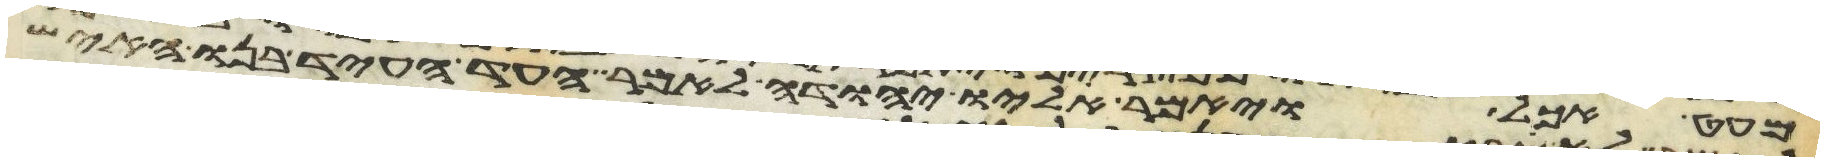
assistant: מעט אכל ויאמר אליו יהודה לאמר העד העד בנו האיש